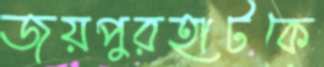
জয়পুরহাটকে